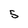
Character: 5